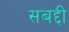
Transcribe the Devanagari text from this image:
सबद्दी